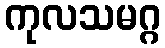
ကုလသမဂ္ဂ